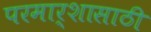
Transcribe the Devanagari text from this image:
परमार्शासाठी